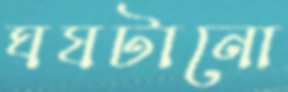
ঘষটানো